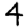
Digit: 4